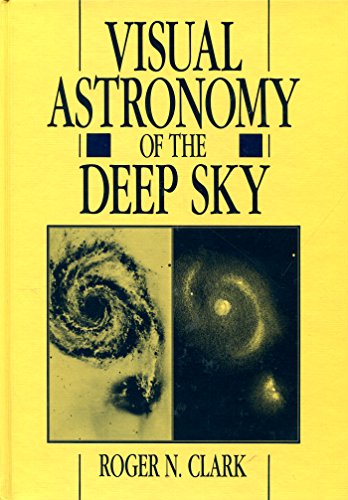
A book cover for Visual Astronomy of the Deep Sky; Roger N. Clark; Science & Math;